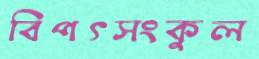
বিপৎসংকুল